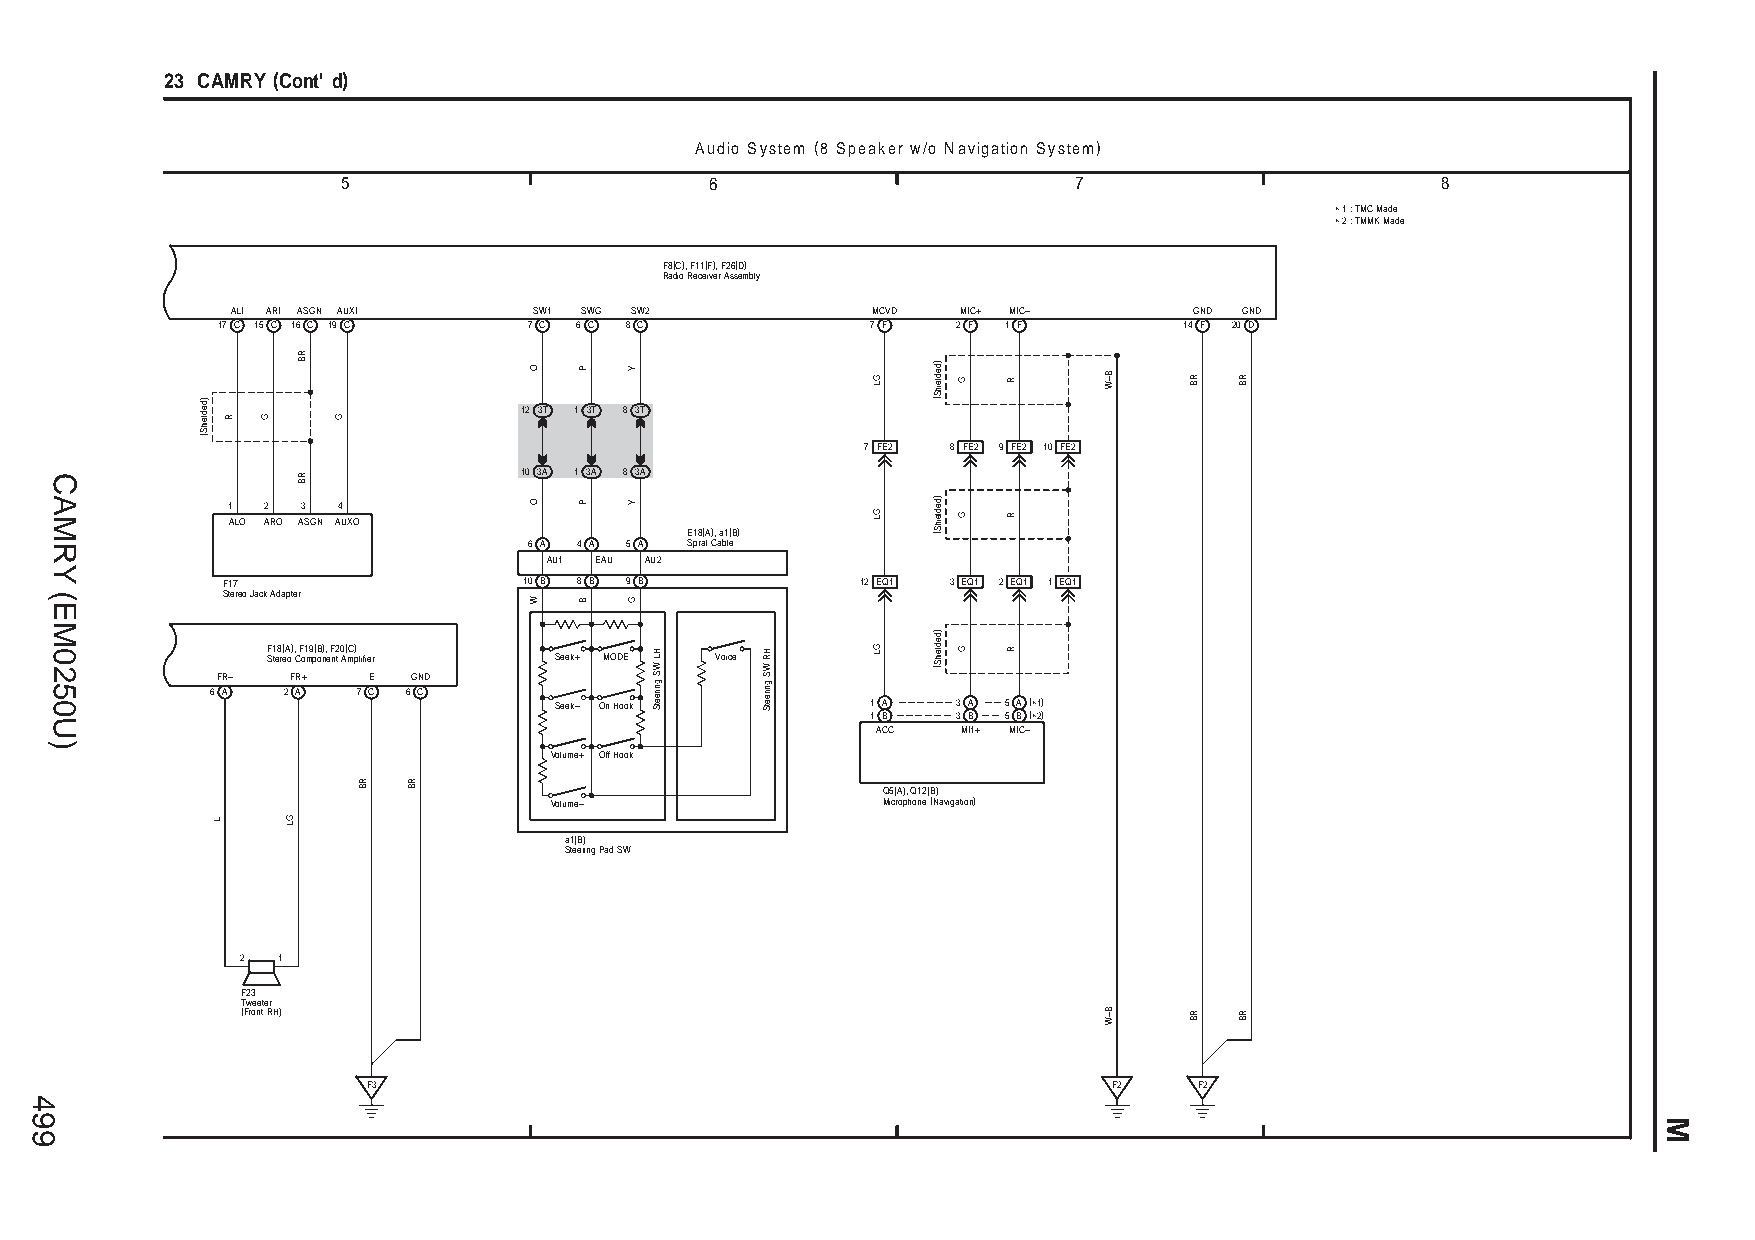
23 CAMRY (Cont' d)
 Audio System (8 Speaker w/o Navigation System)
 5                       6                       7                       8
 ∗ 1 : TMC Made
 ∗ 2 : TMMK Made
 F8(C), F11(F), F26(D)
 Radio Receiver Assembly
 ALI ARI ASGN AUXI   SW1 SWG SW2            MCVD  MIC+ MIC–      GND GND
 17 C 15 C 16 C 19 C  7 C 6 C 8 C            7 F  2 F 1 F        14 F 20 D
 12 3T 1 3T 8 3T
 7 FE2 8 FE2 9 FE2 10 FE2
 10 3A 1 3A 8 3A
 1  2 3 4
 ALO ARO ASGN AUXO
 E18(A), a1(B)
 6 A 4 A 5 A Spiral Cable
 AU1 EAU AU2
 F17                 10 B 8 B 9 B          12 EQ1 3 EQ1 2 EQ1 1 EQ1
 Stereo Jack Adapter
 F18(A), F19(B), F20(C) Stereo Component Amplifier Seek+ MODE Voice
 FR–  FR+  E  GND
 6 A  2 A  7 C 6 C
 Seek– On Hook        1 A  3 A 5 A (∗1)
 1 B  3 B 5 B (∗2)
 ACC   MI1+ MIC–
 Volume+ Off Hook
 Q5(A), Q12(B)
 Volume–               Microphone (Navigation)
 a1(B)
 Steering Pad SW
 2 1
 F23
 Tweeter
 (Front RH)
 F3                                                F2   F2
 499
 CAMRY
 (EM0250U)
 )dedleihS(
 L
 R G
 GL
 RB
 RB
 G
 RB RB
 O
 O
 W
 P
 P
 B
 Y
 Y
 G
 HL
 WS
 gnireetS
 HR
 WS
 gnireetS
 GL
 GL
 GL
 )dedleihS(
 )dedleihS(
 )dedleihS(
 G
 G
 G
 R
 R
 R
 B–W
 B–W
 RB
 RB
 RB
 RB
 M